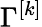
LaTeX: \Gamma^{[k]}